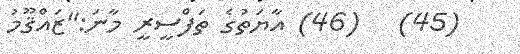
(45)   (46) އާޔަތުގެ ތަފްސީރީ މާނަ:''ޒައްޤޫމު